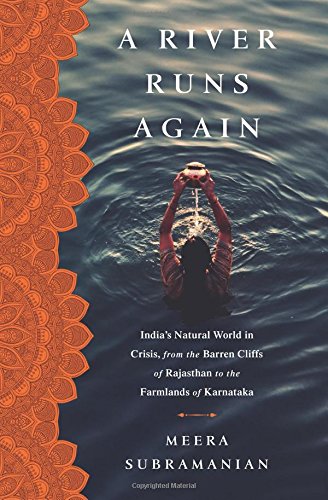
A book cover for A River Runs Again: India's Natural World in Crisis, from the Barren Cliffs of Rajasthan to the Farmlands of Karnataka; Meera Subramanian; Science & Math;